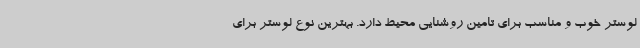
لوستر خوب و مناسب برای تامین روشنایی محیط دارد. بهترین نوع لوستر برای